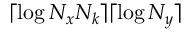
\lceil \log N _ { x } N _ { k } \rceil \lceil \log N _ { y } \rceil